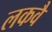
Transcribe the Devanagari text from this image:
लकवै